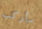
سأركب